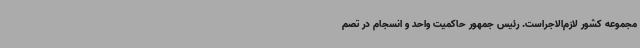
مجموعه کشور لازم‌الاجراست. رئیس جمهور حاکمیت واحد و انسجام در تصم